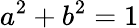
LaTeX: a^{2}+b^{2}=1